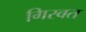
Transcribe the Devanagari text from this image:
गिरवत